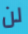
لن